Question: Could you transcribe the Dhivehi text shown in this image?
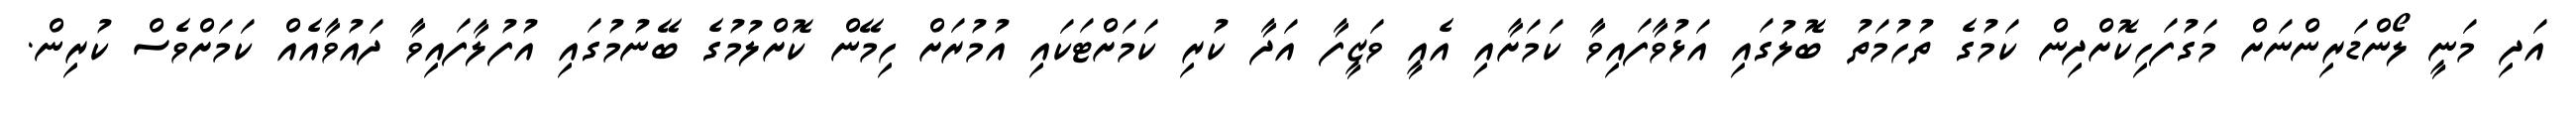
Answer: އަދި މަނީ ލޯންޑަރިންނަށް މަގުފަހިކޮށްދިން ކަމުގެ ތުހުމަތު ބޮލުގައި އަޅުވާފައިވާ ކަމަށާއި އެއީ ވަޒީފާ އަދާ ކުރި ކަމަށްޓަކައި އުމުރަށް ހިމޭން ކޮށްލުމުގެ ބޭނުމުގައި އުފުލާފައިވާ ދައުވާއެއް ކަމަށްވެސް ކުރިން.